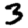
Digit: 3